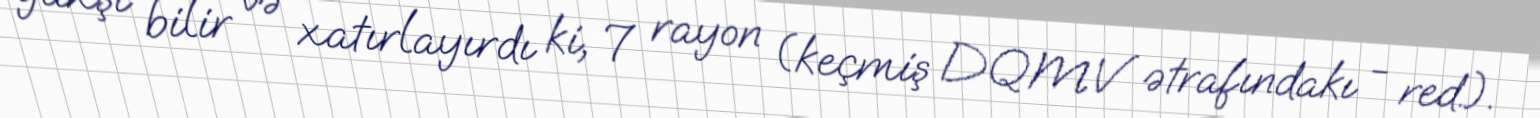
yaxşı bilir və xatırlayırdı ki, 7 rayon (keçmiş DQMV ətrafındakı - red.).